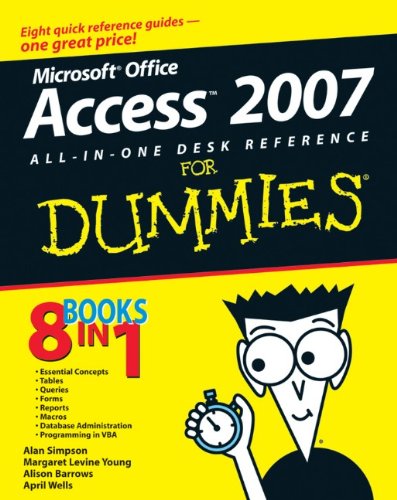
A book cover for Access 2007 All-in-One Desk Reference For Dummies; Alan Simpson; Computers & Technology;